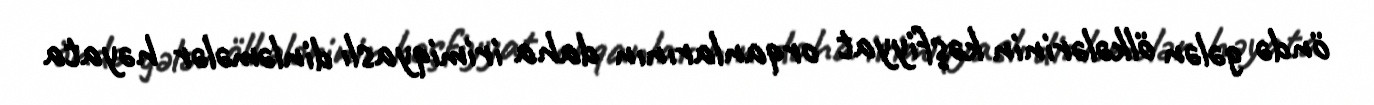
öndə gələn ölkələrinin kəşfiyyat orqanlarının daha irimiqyaslı dinləmələr həyata